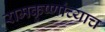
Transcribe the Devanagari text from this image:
रामकृष्णांच्याच